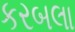
કરબલા